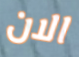
الان